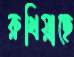
রুখিয়াছে